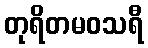
တုရိတမဝသရီ